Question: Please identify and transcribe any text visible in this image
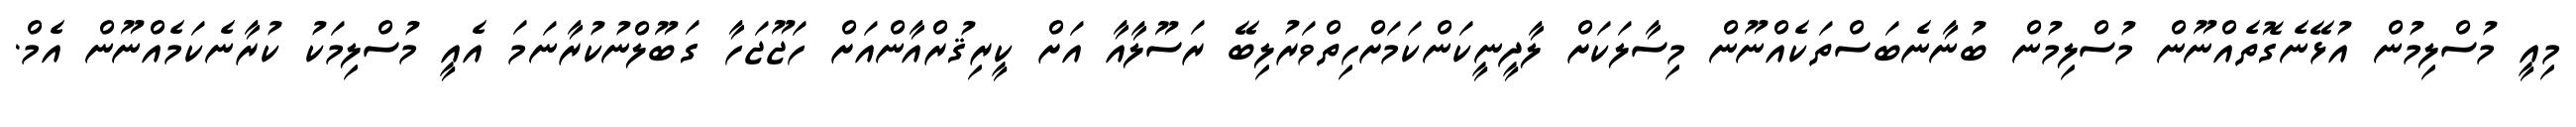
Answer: މިއީ މުސްލިމުން އުޅޭނެގޮތެއްނޫން މުސްލިމުން ބުނާނެބަސްތަކެއްނޫން މިސާލަކަށް ލާދީނީކަންކަމަށްހިތްވަރުލިބޭ ރަސޫލާއާ އަށް ކީރިޤުރްއާންއަށް ހަޖޫޖަހާ ގަބޫލްނުކުރާނަމަ އެއީ މުސްލިމަކު ކުރާނެކަމެއްނޫން އެމް.